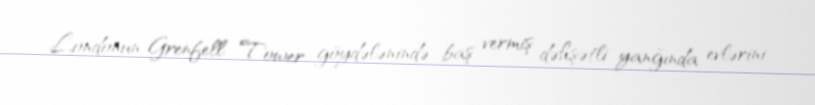
Londonun Grenfell Tower göydələnində baş vermiş dəhşətli yanğında evlərini